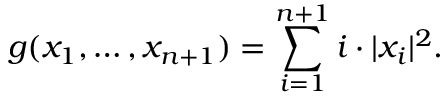
g ( x _ { 1 } , \ldots , x _ { n + 1 } ) = \sum _ { i = 1 } ^ { n + 1 } i \cdot | x _ { i } | ^ { 2 } .